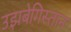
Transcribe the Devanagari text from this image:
उझबेगिस्तान